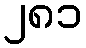
၂၈၁